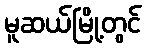
မူဆယ်မြို့တွင်